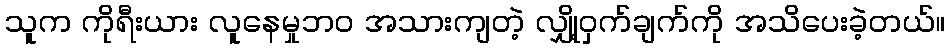
သူက ကိုရီးယား လူနေမှုဘဝ အသားကျတဲ့ လျှို့ဝှက်ချက်ကို အသိပေးခဲ့တယ်။